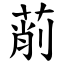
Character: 萷